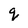
Character: q